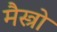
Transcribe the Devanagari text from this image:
मैस्त्रो